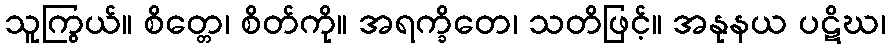
သူကြွယ်။ စိတ္တေ၊ စိတ်ကို။ အရက္ခိတေ၊ သတိဖြင့်။ အနုနယ ပဋိဃ၊